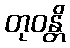
တုဝန္တိ